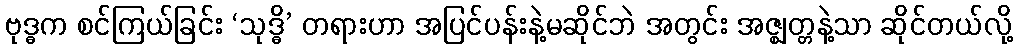
ဗုဒ္ဓက စင်ကြယ်ခြင်း ‘သုဒ္ဓိ’ တရားဟာ အပြင်ပန်းနဲ့မဆိုင်ဘဲ အတွင်း အဇ္ဈတ္တနဲ့သာ ဆိုင်တယ်လို့